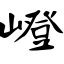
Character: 嶝